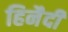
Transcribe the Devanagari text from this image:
हिनैदी